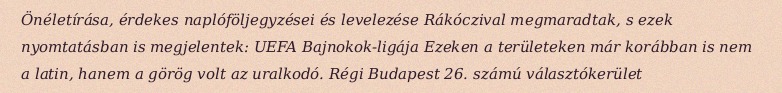
Önéletírása, érdekes naplóföljegyzései és levelezése Rákóczival megmaradtak, s ezek nyomtatásban is megjelentek: UEFA Bajnokok-ligája Ezeken a területeken már korábban is nem a latin, hanem a görög volt az uralkodó. Régi Budapest 26. számú választókerület